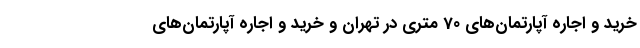
خرید و اجاره آپارتمان‌های 70 متری در تهران و خرید و اجاره آپارتمان‌های